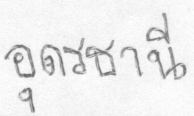
อุดรธานี